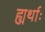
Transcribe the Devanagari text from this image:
ह्यर्थाः